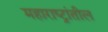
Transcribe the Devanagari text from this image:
महाराष्ट्रांतील